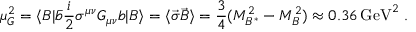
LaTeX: \mu _ { G } ^ { 2 } = \langle B | { \bar { b } } \frac { i } { 2 } \sigma ^ { \mu \nu } G _ { \mu \nu } b | B \rangle = \langle { \vec { \sigma } } { \vec { B } } \rangle = \frac { 3 } { 4 } ( M _ { B ^ { * } } ^ { 2 } - M _ { B } ^ { 2 } ) \approx 0 . 3 6 \, \mathrm { G e V } ^ { 2 } \; .